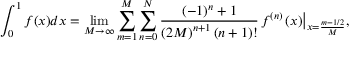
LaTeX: \int _ { 0 } ^ { 1 } { f ( x ) d x } = \operatorname* { l i m } _ { M \to \infty } \sum _ { m = 1 } ^ { M } { \sum _ { n = 0 } ^ { N } { { \frac { { { \left( { - 1 } \right) } ^ { n } } + 1 } { { { \left( { 2 M } \right) } ^ { n + 1 } } \left( { n + 1 } \right) ! } } { { \left. { { f ^ { \left( n \right) } } \left( x \right) } \right| } _ { x = { \frac { m - 1 / 2 } { M } } } } } } ,